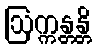
ဩက္ကန္တန္တိ